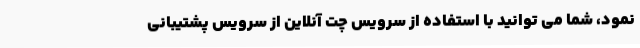
نمود، شما می توانید با استفاده از سرویس چت آنلاین از سرویس پشتیبانی